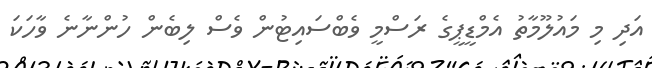
އަދި މި މައުލޫމާތު އެމްޑީޕީގެ ރަސްމީ ވެބްސައިޓުން ވެސް ލިބެން ހުންނާނެ ވާހަކަ